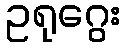
ဥရုဂွေး